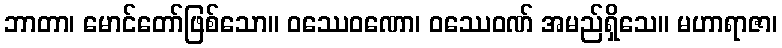
ဘာတာ၊ မောင်တော်ဖြစ်သော။ ဝဿေဝဏော၊ ဝဿေဝဏ် အမည်ရှိသေ။ မဟာရာဇာ၊